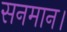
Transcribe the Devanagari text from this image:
सनमान।